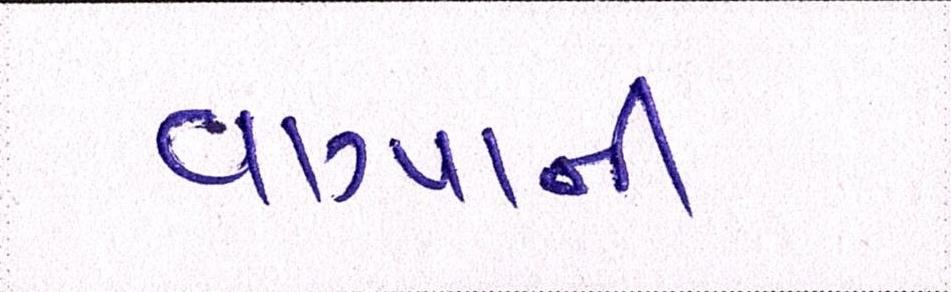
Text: વાગ્યાની